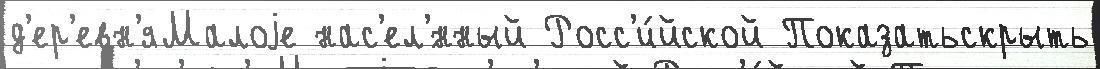
д'ер'евн'яМалоjе нас'ел'́нный Росс'и́йской Показатьскрыть